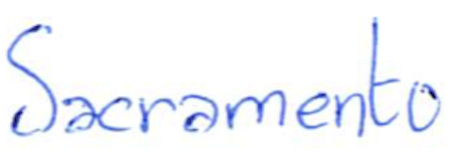
Text: Sacramento
Cross-out: clean
Writing tool: ballpoint